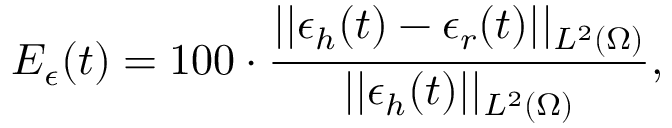
E _ { \epsilon } ( t ) = 1 0 0 \cdot \frac { | | \epsilon _ { h } ( t ) - \epsilon _ { r } ( t ) | | _ { L ^ { 2 } ( \Omega ) } } { | | { \epsilon _ { h } } ( t ) | | _ { L ^ { 2 } ( \Omega ) } } ,